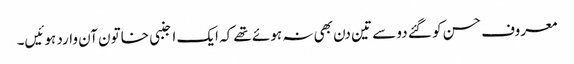
معروف حسن کو گئے دو سے تین دن بھی نہ ہوئے تھے کہ ایک اجنبی خاتون آن وارد ہوئیں۔